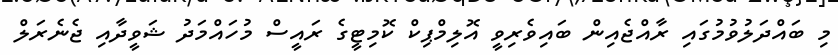
މި ބައްދަލުވުމުގައި ރާއްޖެއިން ބައިވެރިވީ އޮލިމްޕިކް ކޮމިޓީގެ ރައީސް މުހައްމަދު ޝަވީދާއި ޖެނެރަލް